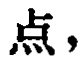
点，